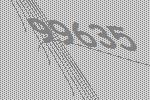
99635